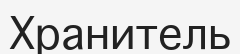
Хранитель